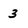
Character: 3